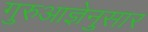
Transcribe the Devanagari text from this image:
गुरुआज्ञेनुसार